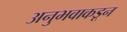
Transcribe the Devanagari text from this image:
अनुभवाकडून